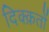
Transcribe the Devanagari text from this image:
दिक्क़तों